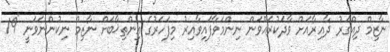
ނާޒިމް ދިއްގަރު ދާއިރާއަށް ވާދަކުރައްވަން ނިންމަވާފައިވާއިރު މިފަހަރުގެ އިންތިޚާބަށް ނާޒިމް ނިކުންނަވަނީ "19